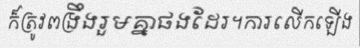
ក៏ត្រូវពង្រឹងរួមគ្នាផងដែរ។ការលើកឡើង